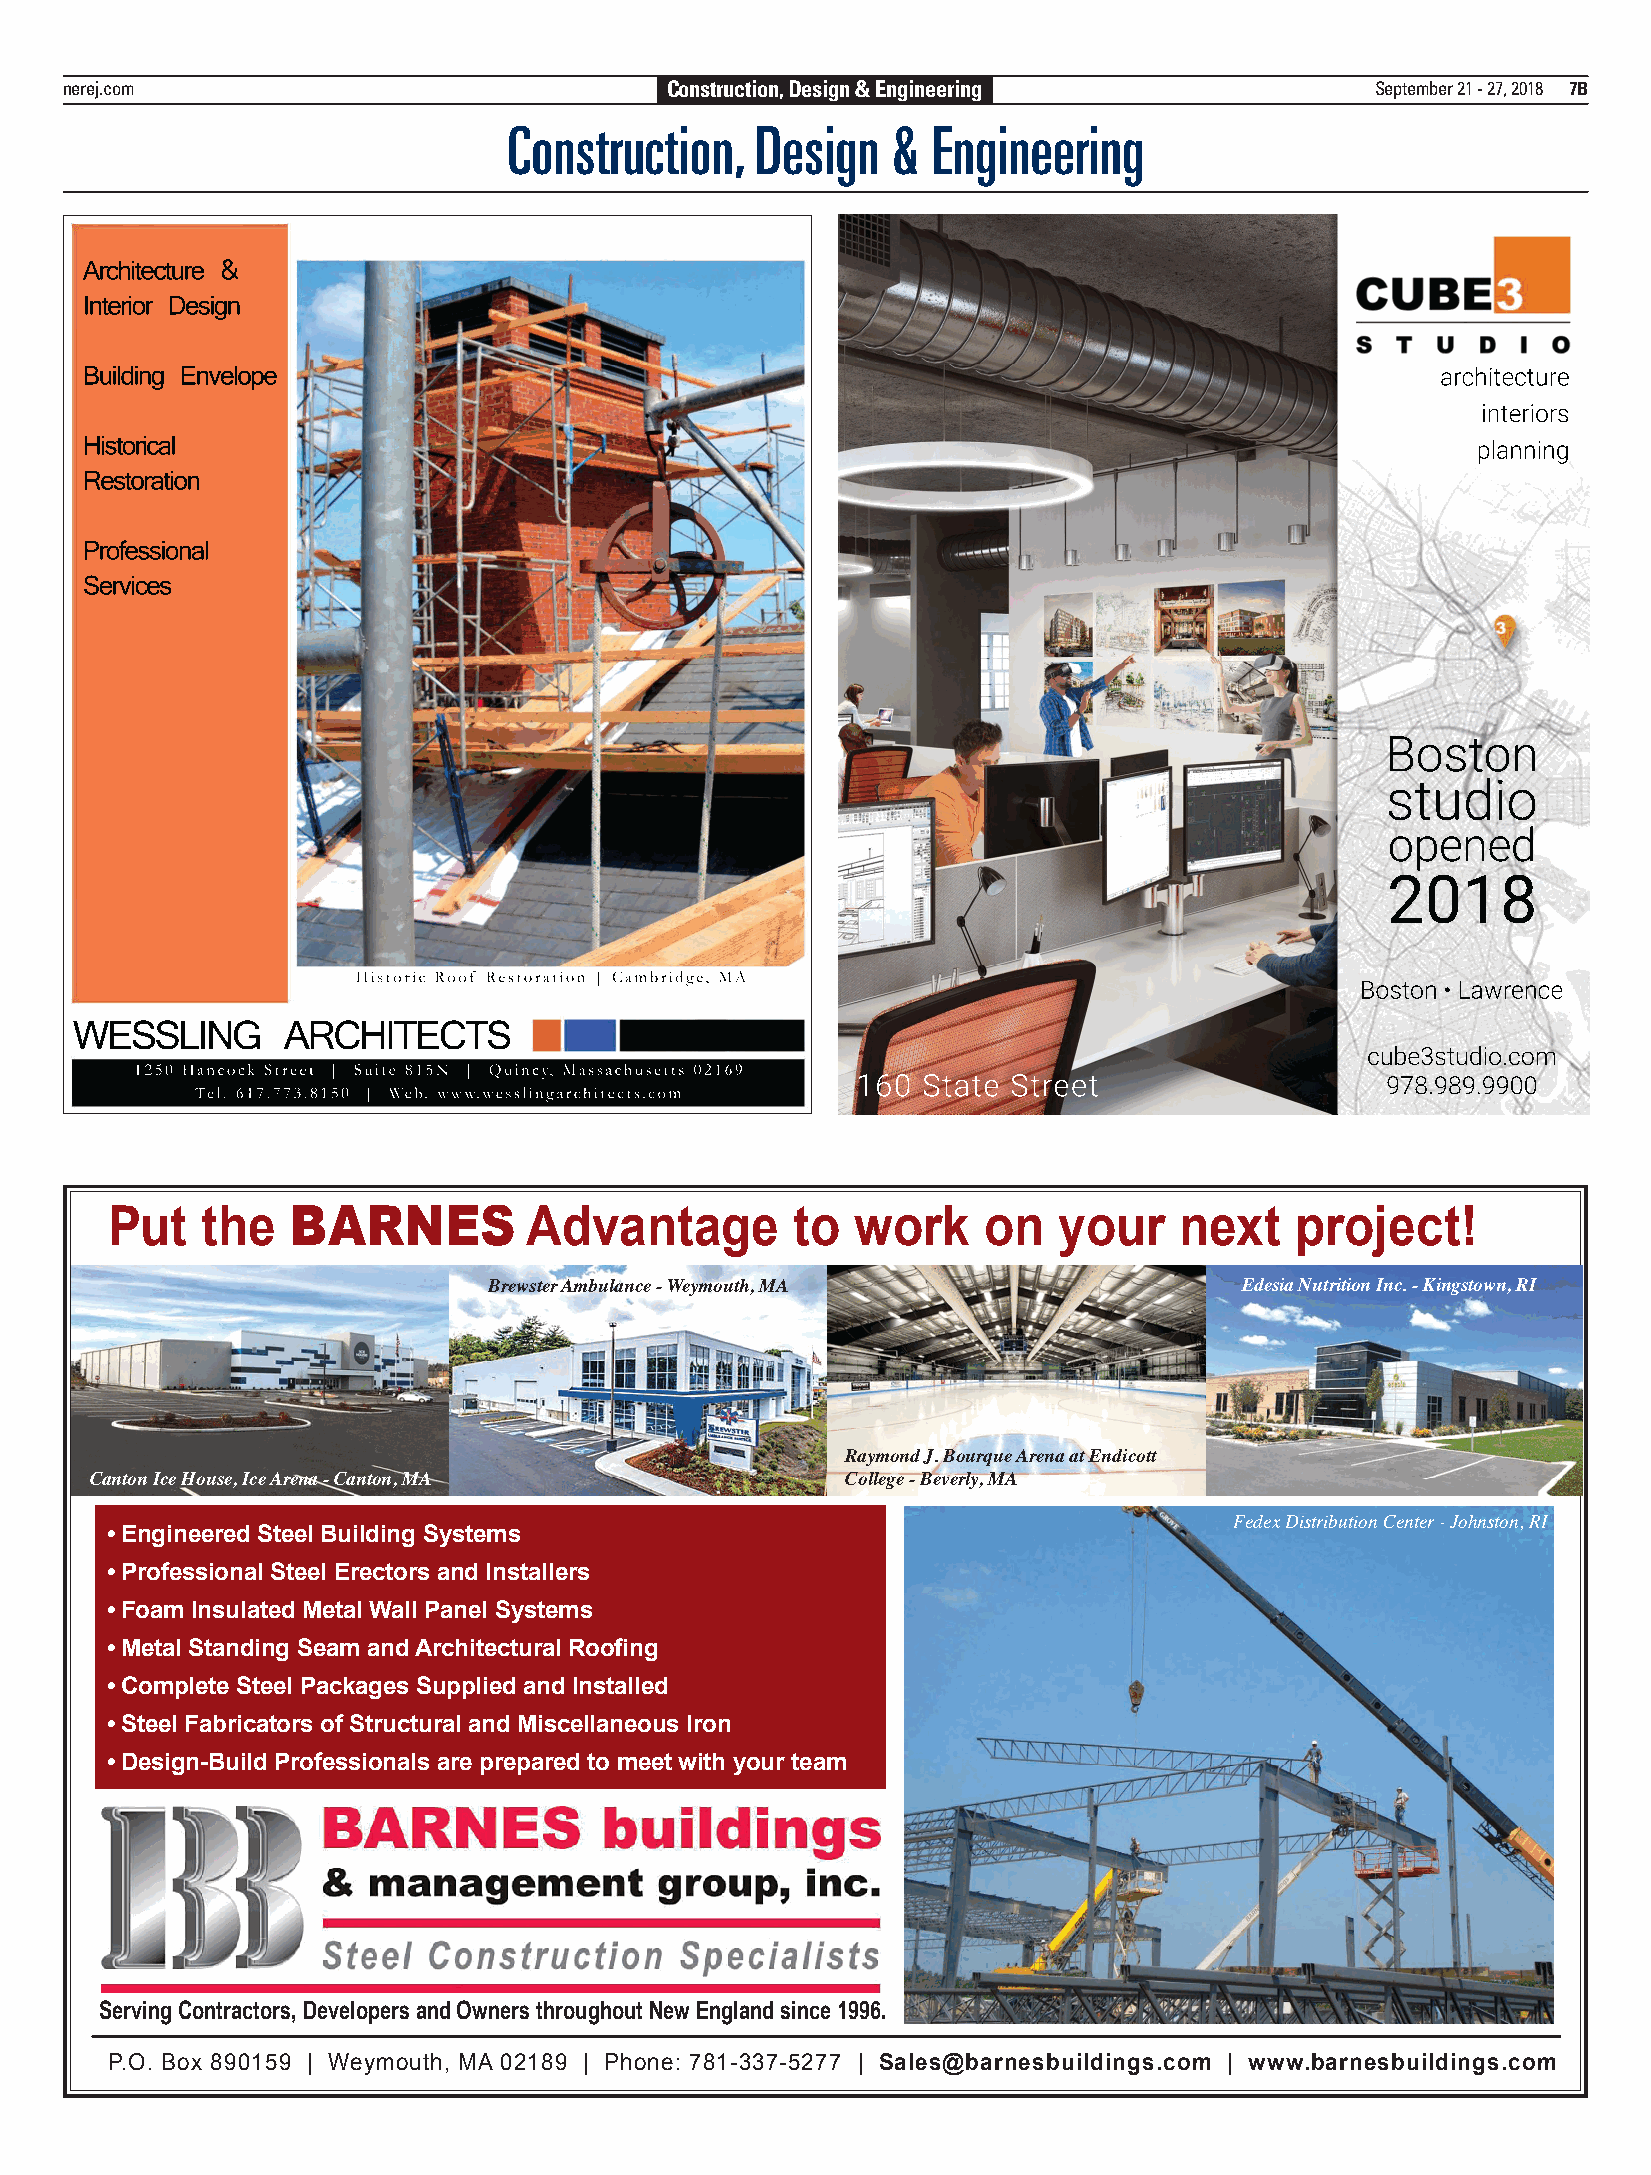
nerej.com                               Construction, Design & Engineering             September 21 - 27, 2018 7B
 Construction,   Design   &  Engineering
 Architecture &
 Interior Design
 Building Envelope                                                                         architecture
 interiors
 Historical                                                                                   planning
 Restoration
 Professional
 SSeerrvviicceess
 Boston
 studio
 opened
 2018
 Historic Roof Restoration | Cambridge, MA
 Boston • Lawrence
 WESSLING      ARCHITECTS
 cube3studio.com
 1250 Hancock Street | Suite 815N | Quincy, Massachusetts 02169
 160 State Street                   978.989.9900
 Tel. 617.773.8150 | Web. www.wesslingarchitects.com
 PROOF     NE NY Tel: 781-878-4540
 REAL ESTATE JOURNAL
 Put   the   BARNES          Advantage         to  work    on   your    next    project!
 Changes New Proof Proof Approved
 Size: 5x6    Section:
 From:           Brewster Ambulance - Weymouth, MA                 Edesia Nutrition Inc. - Kingstown, RI
 Run Date:
 Raymond J. Bourque Arena at Endicott
 Canton Ice House, Ice Arena - Canton, MA          College - Beverly, MA
 Fedex Distribution Center - Johnston, RI
 • Engineered Steel Building Systems
 • Professional Steel Erectors and Installers
 • Foam Insulated Metal Wall Panel Systems
 • Metal Standing Seam and Architectural Roofing
 • Complete Steel Packages Supplied and Installed
 • Steel Fabricators of Structural and Miscellaneous Iron
 • Design-Build Professionals are prepared to meet with your team
 Serving Contractors, Developers and Owners throughout New England since 1996.
 P.O. Box 890159 | Weymouth, MA 02189 | Phone: 781-337-5277 | Sales@barnesbuildings.com | www.barnesbuildings.com
 PROOF     NE NY Tel: 781-878-4540
 REAL ESTATE JOURNAL
 Changes New Proof Proof Approved
 Size: 10x6    Section: CDE
 From: JP
 Run Date: 8-18
 ”2
 porc
 ”2
 porc